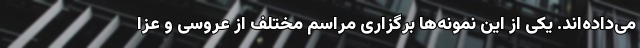
می‌داده‌اند. یکی از این نمونه‌ها برگزاری مراسم مختلف از عروسی و عزا